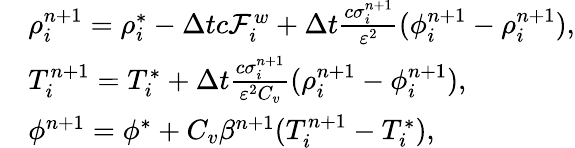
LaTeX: \begin{array}{rl}&{\rho_{i}^{n+1}=\rho_{i}^{*}-\Delta tc\mathcal{F}_{i}^{w}+\Delta t\frac{c\sigma_{i}^{n+1}}{\varepsilon^{2}}(\phi_{i}^{n+1}-\rho_{i}^{n+1}),}\\ &{T_{i}^{n+1}=T_{i}^{*}+\Delta t\frac{c\sigma_{i}^{n+1}}{\varepsilon^{2}C_{v}}(\rho_{i}^{n+1}-\phi_{i}^{n+1}),}\\ &{\phi^{n+1}=\phi^{*}+C_{v}\beta^{n+1}(T_{i}^{n+1}-T_{i}^{*}),}\end{array}